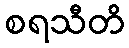
စရသီတိ